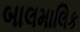
બાલમાલિક